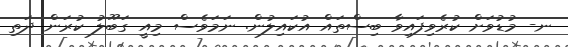
ނ- މުޑުވަށް ކުރެވިފައިވާ ބިސްތައް އުކައިލުން. ނަމަވެސް މިއީ ގަބޫލު ކުރަން ދަތި